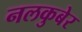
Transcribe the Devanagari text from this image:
नलकुबेर